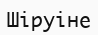
Шіруіне